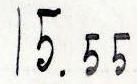
15.55